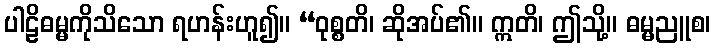
ပါဠိဓမ္မကိုသိသော ရဟန်းဟူ၍။ “ဝုစ္စတိ၊ ဆိုအပ်၏။ ဣတိ၊ ဤသို့။ ဓမ္မညူစ၊